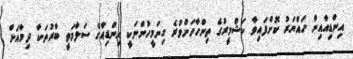
އިންޑިއާއިން ހައްޔަރު ކޮށްފައިވާ ކަޝްމީރުގެ ތިންހާހަށްވުރެ ގިނަމީހުންނަކީ އިންޑިއާގެ ސަލާމަތީ ބާރުތަކާ ދިމާއަށް